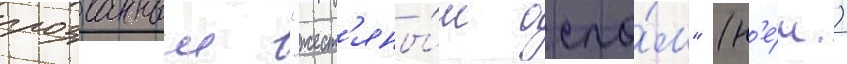
прозванныи "жест'яны́м осло́м" (н'е́м.)